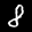
Digit: 8